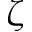
\zeta